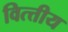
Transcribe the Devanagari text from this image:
वित्त्तीय